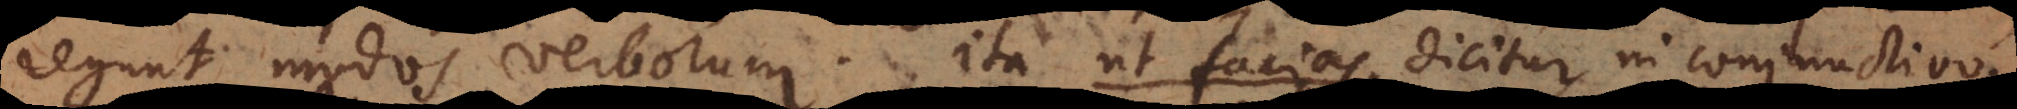
regunt modos verborum. Ita ut facias dicitur in conjunctiv